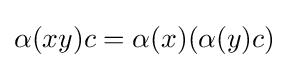
\alpha (xy)c=\alpha (x)(\alpha (y)c)